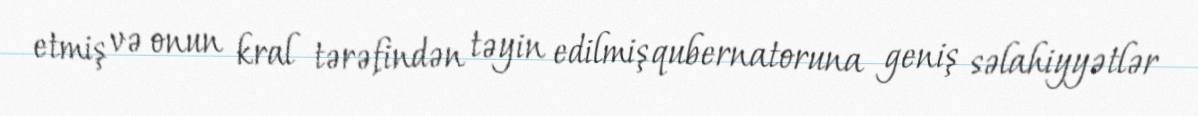
etmiş və onun kral tərəfindən təyin edilmiş qubernatoruna geniş səlahiyyətlər